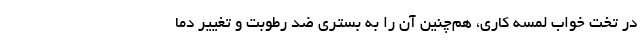
در تخت خواب لمسه کاری، هم‌چنین آن را به بستری ضد رطوبت و تغییر دما